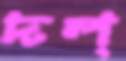
দল্‌